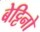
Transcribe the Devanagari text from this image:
बेट्टिनो